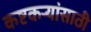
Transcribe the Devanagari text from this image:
कष्टकर्‍यांसाठी